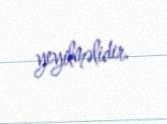
yeyilməlidir.